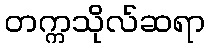
တက္ကသိုလ်ဆရာ